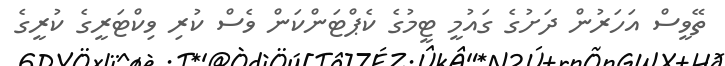
ތޭވީސް އަހަރުން ދަށުގެ ގައުމީ ޓީމުގެ ކެޕްޓަންކަން ވެސް ކުރި ވިކްޓަރީގެ ކުރީގެ